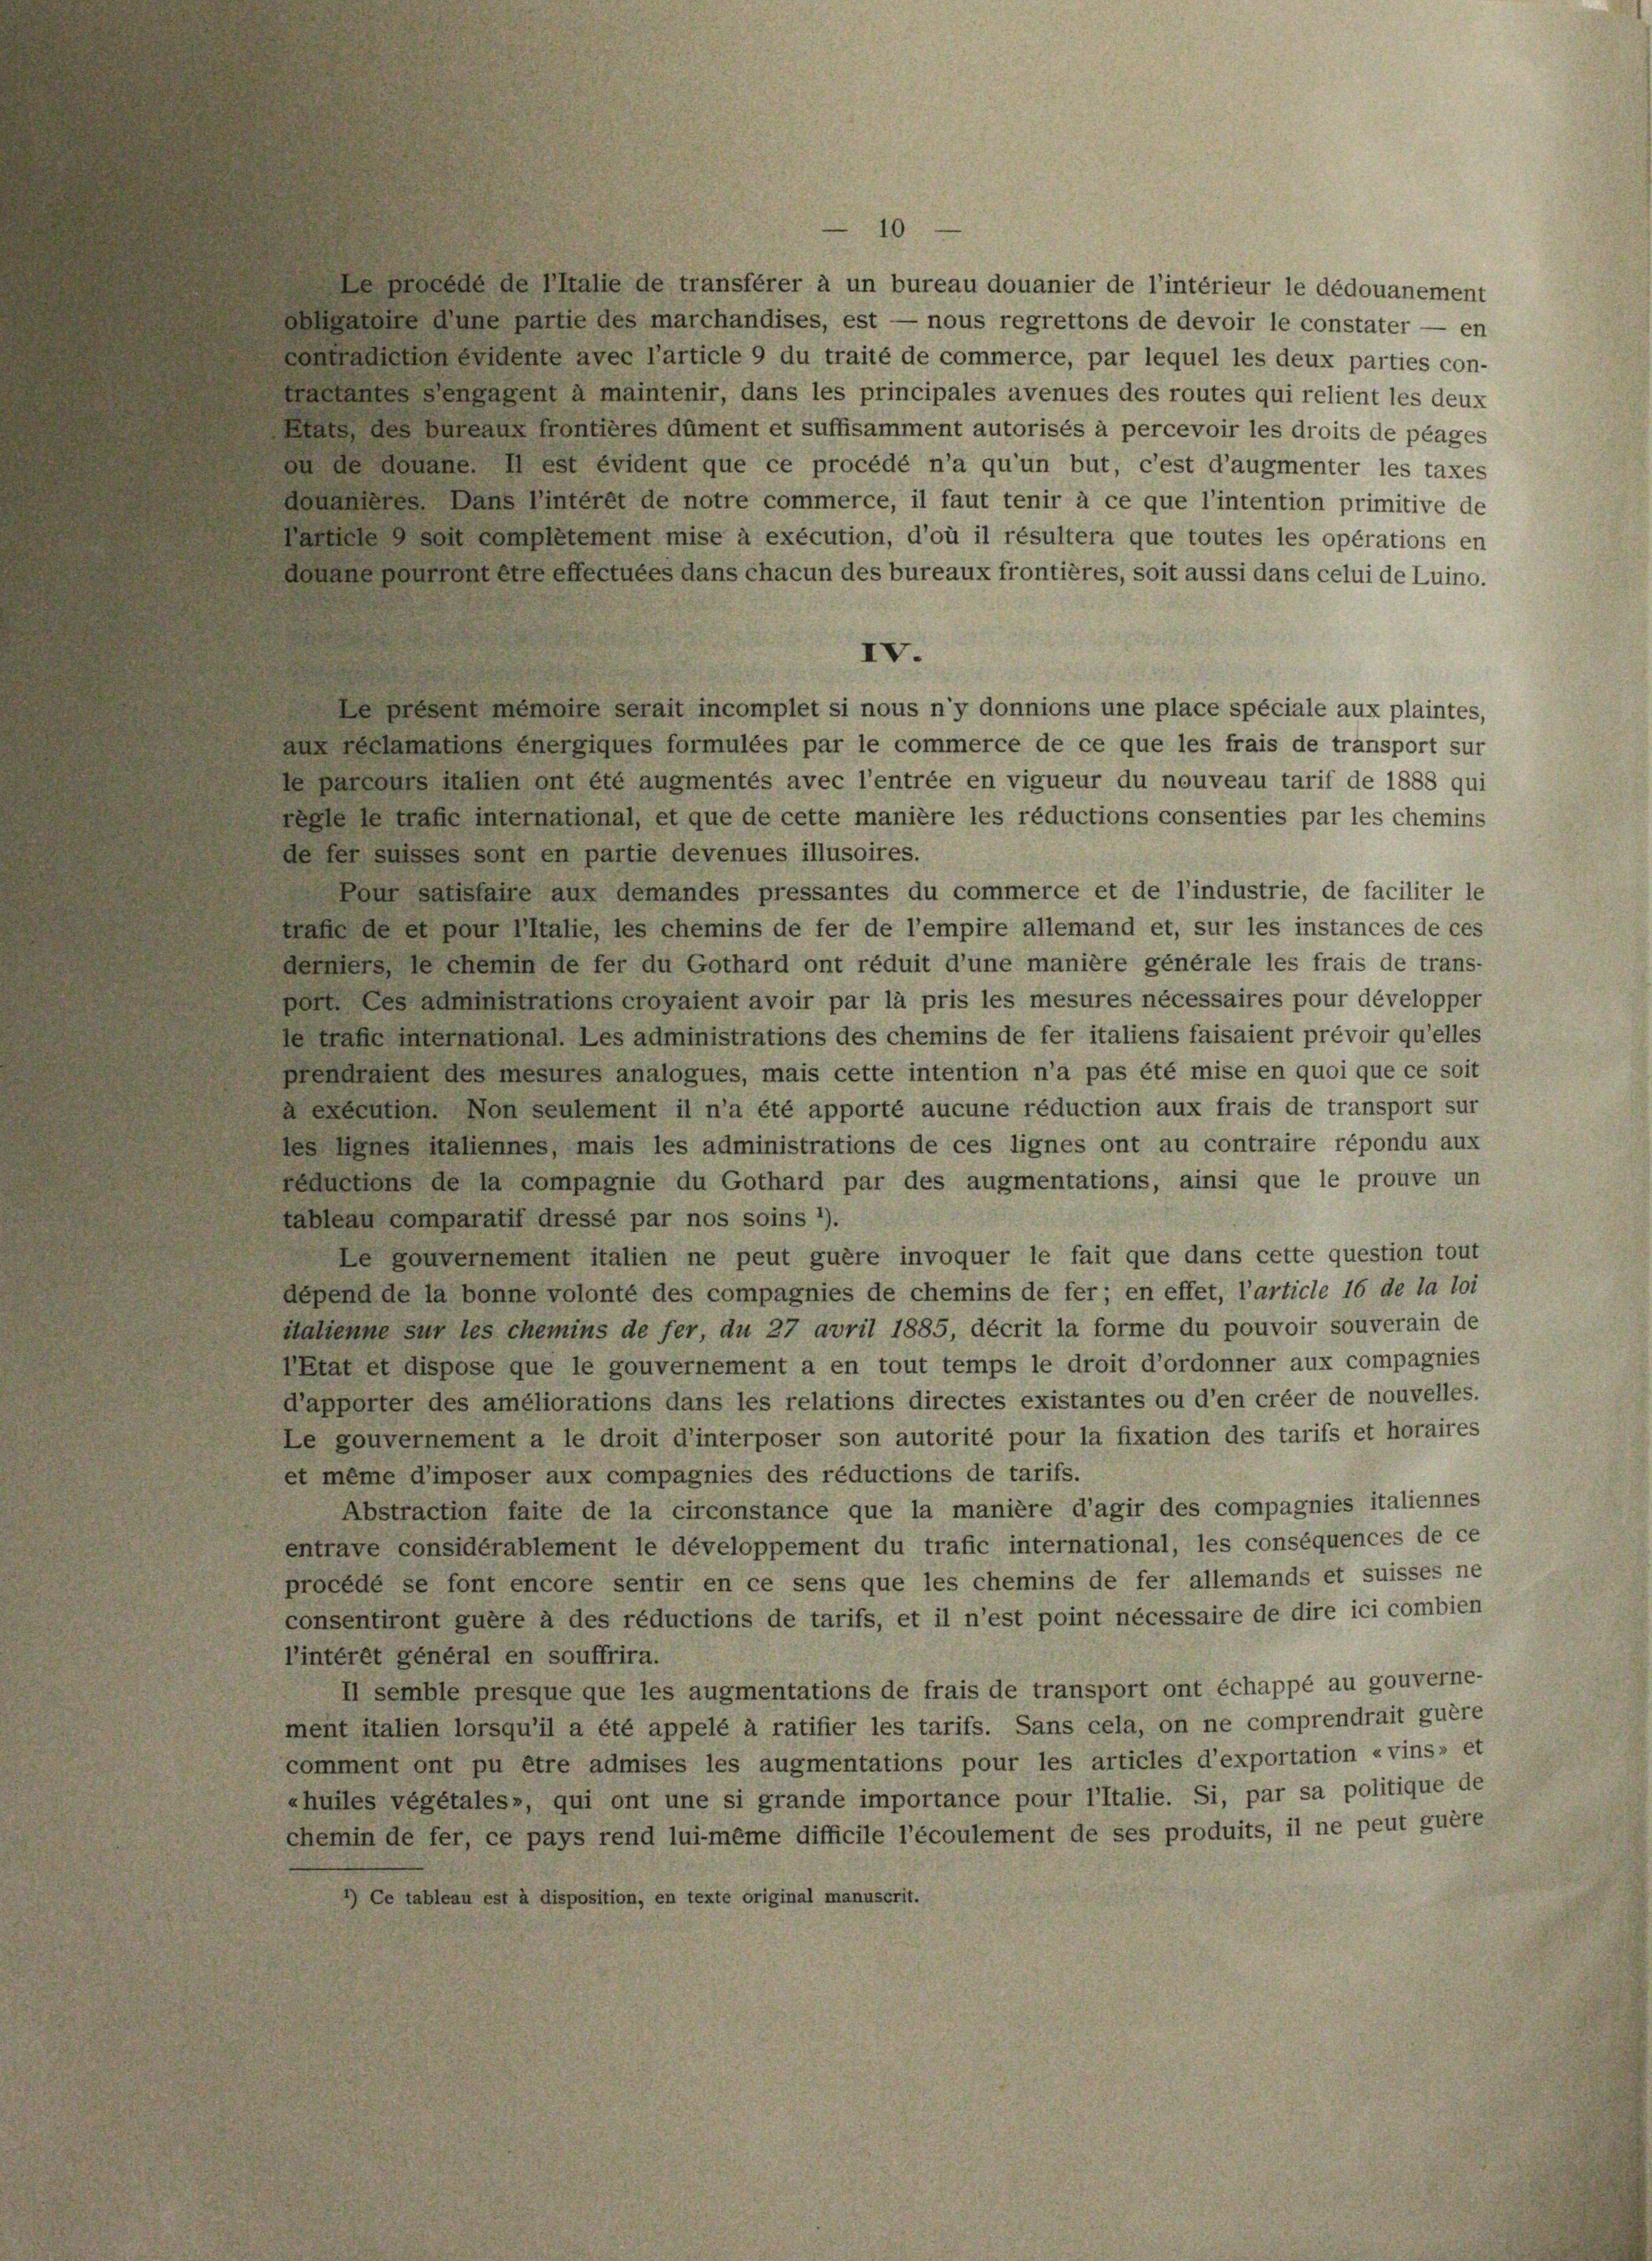
10

*) Ce tableau est à disposition, en texte original manuscrit.

e procédé de Patie de transférer à un bureau douanier de l’intérieur le dédouanement
andataire Nune partie des marchandises, est — nous regrettons de devoir le constater — en
aladiction eidente avec l’article 9 du traité de commerce, par lequel les deux parties con-
hastandes Sengagent a maintenir, dans les principales avenues des routes qui relient les deus
Bate des Bureaus frontières dûment et suffisamment autorisés à percevoir les droits de plages
au de donane. Il est évident que ce procédé n’a qu’un but, c’est d’augmenter les taxes
dosanteres Dans Pinteret de notre commerce, il faut tenir à ce que l’intention primitive de
Partiefe soit completement mise à exécution, d’où il résultera que toutes les opérations en
Aadans pourront être effectuées dans chacun des bureaux frontières, soit aussi dans celui de Luino.
IV.
e present mémoire serait incomplet si nous n’y donnions une place spéciale aux plaintes,
aus reclamations energiques formulées par le commerce de ce que les frais de transport sur
de parcours talien ont été augmentés avec l’entrée en vigueur du nouveau tarif de 1888 qui
Seele le trafe international, et que de cette manière les réductions consenties par les chemins
de fer suisses sont en partie devenues illusoires.
Pour satisfaite aus demandes pressantes du commerce et de l’industrie, de faciliter le
trafe de et pour Italie, les chemins de fer de l’empire allemand et, sur les instances de ces
demiers, le chemin de fer du Gothard ont réduit d’une manière générale les frais de trans-
vor. Les administrations croyaient avoir par là pris les mesures nécessaires pour développer
le trafe international. Les administrations des chemins de fer italiens faisaient prévoir qu’elles
prendratent des mesures analogues, mais cette intention n’a pas été mise en quoi que ce soit
a execution. Non seulement il n’a été apporté aucune réduction aux frais de transport sur
des hanes Saliennes, mais les administrations de ces lignes ont au contraire répondu aux
reductions de la compagnie du Gothard par des augmentations, ainsi que le prouve un
tableau comparatif dressé par nos soins 1).
Le gouvernement italien ne peut guère invoquer le fait que dans cette question tout
depend de la bonne volonté des compagnies de chemins de fer; en effet, l’article 16 de la loi
italienne sur les chemins de fer, du 27 avril 1885, décrit la forme du pouvoir souverain de
PEtat et dispose que le gouvernement a en tout temps le droit d’ordonner aux compagnies
d’apporter des améliorations dans les relations directes existantes ou d’en créer de nouvelles.
Le gouvernement a le droit d’interposer son autorité pour la fixation des tarifs et horaires
et même d’imposer aux compagnies des réductions de tarifs.
Abstraction faite de la circonstance que la manière d’agir des compagnies italiennes
entrave considérablement le développement du trafic international, les conséquences de ce
procédé se font encore sentir en ce sens que les chemins de fer allemands et suisses ne
consentiront guère à des réductions de tarifs, et il n’est point nécessaire de dire ici combien
l’intérêt général en souffrira.
II semble presque que les augmentations de frais de transport ont échappé au gouverne-
ment italien lorsqu’il a été appelé à ratifier les tarifs. Sans cela, on ne comprendrait guere
comment ont pu être admises les augmentations pour les articles d’exportation « vins» et
«huiles végétales», qui ont une si grande importance pour l’Italie. Si, par sa politique de
chemin de fer, ce pays rend lui-même difficile l’écoulement de ses produits, il ne peut guere